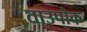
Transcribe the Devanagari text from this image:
ताउपोक